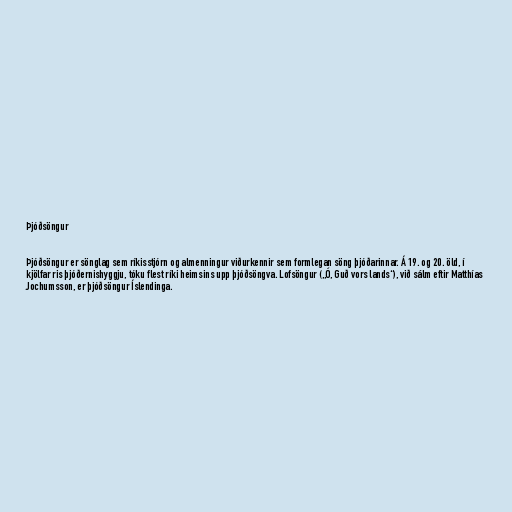
Þjóðsöngur

Þjóðsöngur er sönglag sem ríkisstjórn og almenningur viðurkennir sem formlegan söng þjóðarinnar. Á 19. og 20. öld, í
kjölfar ris þjóðernishyggju, tóku flest ríki heimsins upp þjóðsöngva. Lofsöngur („Ó, Guð vors lands“), við sálm eftir Matthías
Jochumsson, er þjóðsöngur Íslendinga.